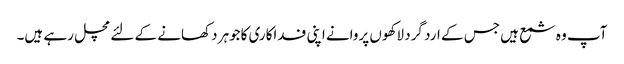
آپ وہ شمع ہیں جس کے ارد گرد لاکھوں پروانے اپنی فداکاری کاجوہر دکھانے کے لئے مچل رہے ہیں۔